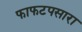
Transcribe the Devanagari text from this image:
फाफटपसारा